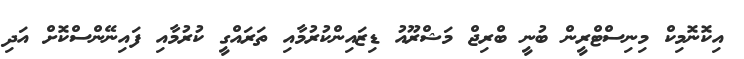
އިކޮނޮމިކް މިނިސްޓްރީން ބުނީ ބްރިޖް މަޝްރޫއު ޑިޒައިންކުރުމާއި ތަރައްގީ ކުރުމާއި ފައިނޭންސްކޮށް އަދި